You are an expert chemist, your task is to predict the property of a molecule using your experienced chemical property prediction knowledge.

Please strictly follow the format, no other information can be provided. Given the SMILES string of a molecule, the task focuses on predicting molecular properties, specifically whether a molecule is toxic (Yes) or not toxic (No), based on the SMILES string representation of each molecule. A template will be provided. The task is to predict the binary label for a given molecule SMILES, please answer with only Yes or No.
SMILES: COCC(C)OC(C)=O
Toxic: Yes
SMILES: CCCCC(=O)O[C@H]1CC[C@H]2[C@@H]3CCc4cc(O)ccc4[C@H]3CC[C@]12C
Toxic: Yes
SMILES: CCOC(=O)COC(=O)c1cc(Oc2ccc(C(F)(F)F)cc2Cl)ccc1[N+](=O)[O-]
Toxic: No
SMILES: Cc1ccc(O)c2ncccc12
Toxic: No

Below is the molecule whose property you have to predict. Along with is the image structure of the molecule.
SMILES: C=CC(C)(O)CCC=C(C)CCC=C(C)C
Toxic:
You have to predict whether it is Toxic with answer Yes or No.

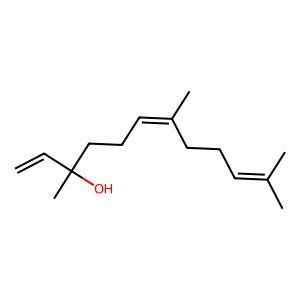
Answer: No